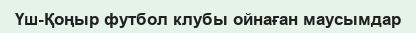
Үш-Қоңыр футбол клубы ойнаған маусымдар